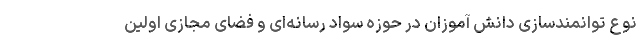
نوع توانمندسازی دانش آموزان در حوزه سواد رسانه‌ای و فضای مجازی اولین